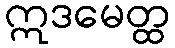
ဣဒမေတ္ထ